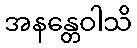
အနန္တေဝါသိ